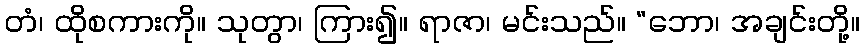
တံ၊ ထိုစကားကို။ သုတွာ၊ ကြား၍။ ရာဇာ၊ မင်းသည်။ “ဘော၊ အချင်းတို့။